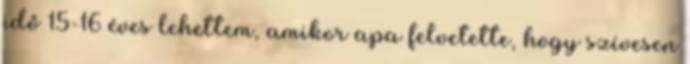
idő 15-16 éves lehettem, amikor apa felvetette, hogy szívesen